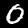
Digit: 0